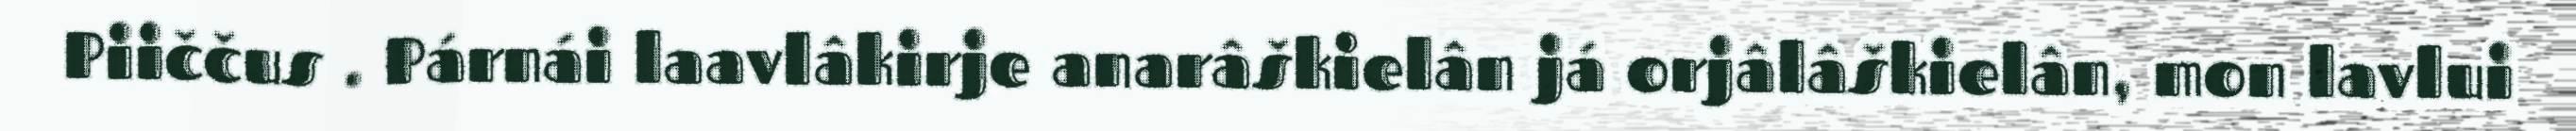
Piiččus . Párnái laavlâkirje anarâškielân já orjâlâškielân, mon lavlui